Madras plague regulations and rules for district municipalities and other towns and villages
Disease focus: Plague
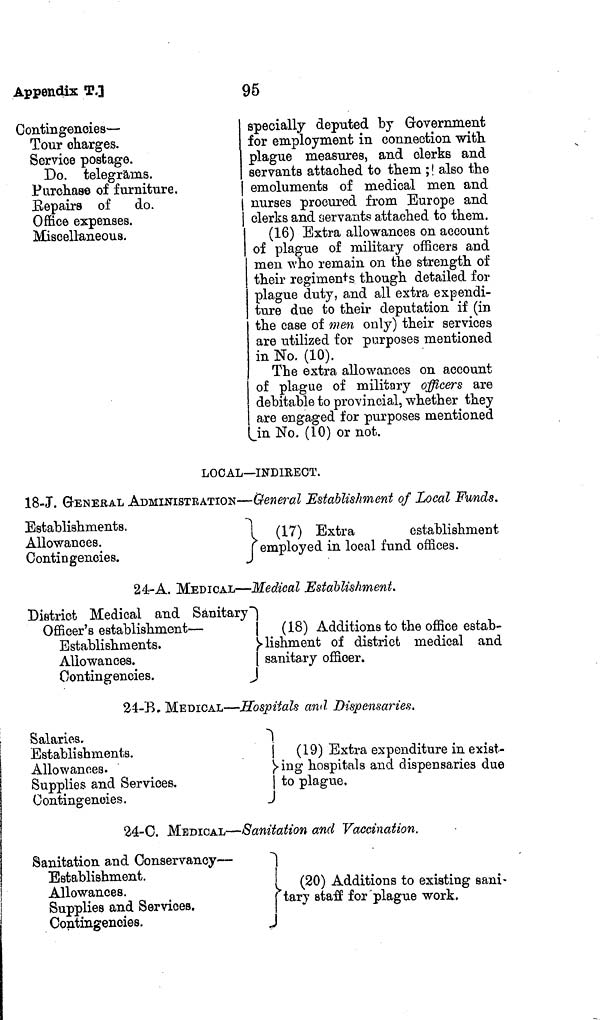
Appendix
T.]
95
Contingencies —
Tour charges.
Service postage.
Do. telegrams.
Purchase of furniture.
|
Repairs of do.
|
Office expenses.
Miscellaneous.
specially deputed by Grovernment
for employment in connection with
plague measures, and clerks and
servants attached to them ; ! also the
emoluments of medical men and
nurses procured from Europe and
clerks and servants attached to them.
(16) Extra allowances on account
of plague of military officers and
men who remain on the strength of
their regiments though detailed for
plague duty, and all extra expendi-
ture due to their deputation if (in
the case of men only) their services
are utilized for purposes mentioned
in No, (10).
The extra allowances on account
of plague of military officers are
debitable to provincial, whether they
are engaged for purposes mentioned
in No. (10) or not.
LOCAL—INDIRECT.
18-J. geNEEAL ADMINISTRATION—General Establishment of Local Funds.
Establishments.
Allowances.
Contingencies.
(17) Extra
establishment
employed in local fund offices.
24-A. MEDICAL—Medical Establishment.
District Medical and
Sanitary
Officer's establishment —
(18) Additions to the office estab-
Establishments.
lishment of district medical and
Allowances.
sanitary officer.
Contingencies.
24-B. MEDICAL—Hospitals and Dispensaries.
Salaries.
Establishments.
Allowances.
Supplies and Services.
Contingencies.
1
¡ (19) Extra expenditure in exist-
ing hospitals and dispensaries due
to plague.
24-C. MEDICAL—Sanitation and Vaccination.
Sanitation and Conservancy —
Establishment.
Allowances.
Supplies and Services.
Contingencies.
(20) Additions to existing sani-
tary staff for plague work.